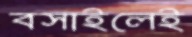
বসাইলেই